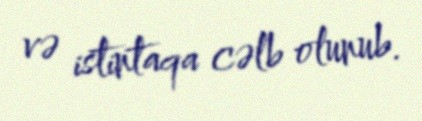
və istintaqa cəlb olunub.